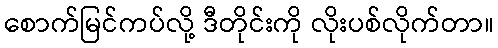
စောက်မြင်ကပ်လို့ ဒီတိုင်းကို လိုးပစ်လိုက်တာ။